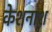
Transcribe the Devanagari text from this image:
केशनाश